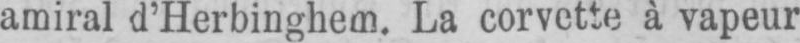
amiral d’Herbinghem. La corvette à vapeur